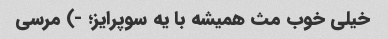
خیلی خوب مث همیشه با یه سوپرایز؛ -) مرسی